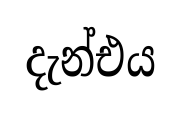
දැන්එය